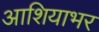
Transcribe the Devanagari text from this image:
आशियाभर